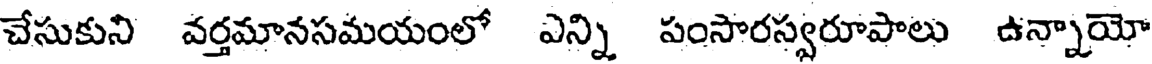
చేసుకుని వర్తమానసమయంలో ఎన్ని పంసారస్వరూపాలు ఉన్నాయో